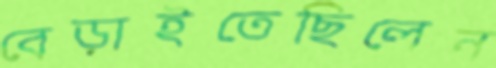
বেড়াইতেছিলেন